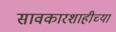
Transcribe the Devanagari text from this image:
सावकारशाहीच्या